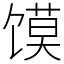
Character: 馍